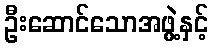
ဦးဆောင်သောအဖွဲ့နှင့်